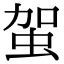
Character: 𧉪